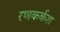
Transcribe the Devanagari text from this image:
रणकर्कश